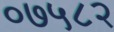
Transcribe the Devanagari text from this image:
०७५८२